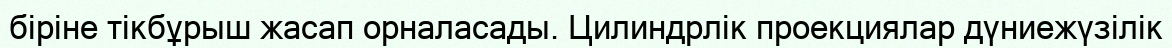
біріне тікбұрыш жасап орналасады. Цилиндрлік проекциялар дүниежүзілік